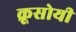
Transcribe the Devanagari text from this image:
क्रूसोयी